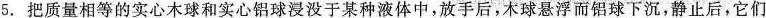
5. 把质量相等的实心木球和实心铝球浸没于某种液体中，放手后，木球悬浮而铝球下沉，静止后，它们